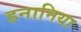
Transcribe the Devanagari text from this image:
हनानिया